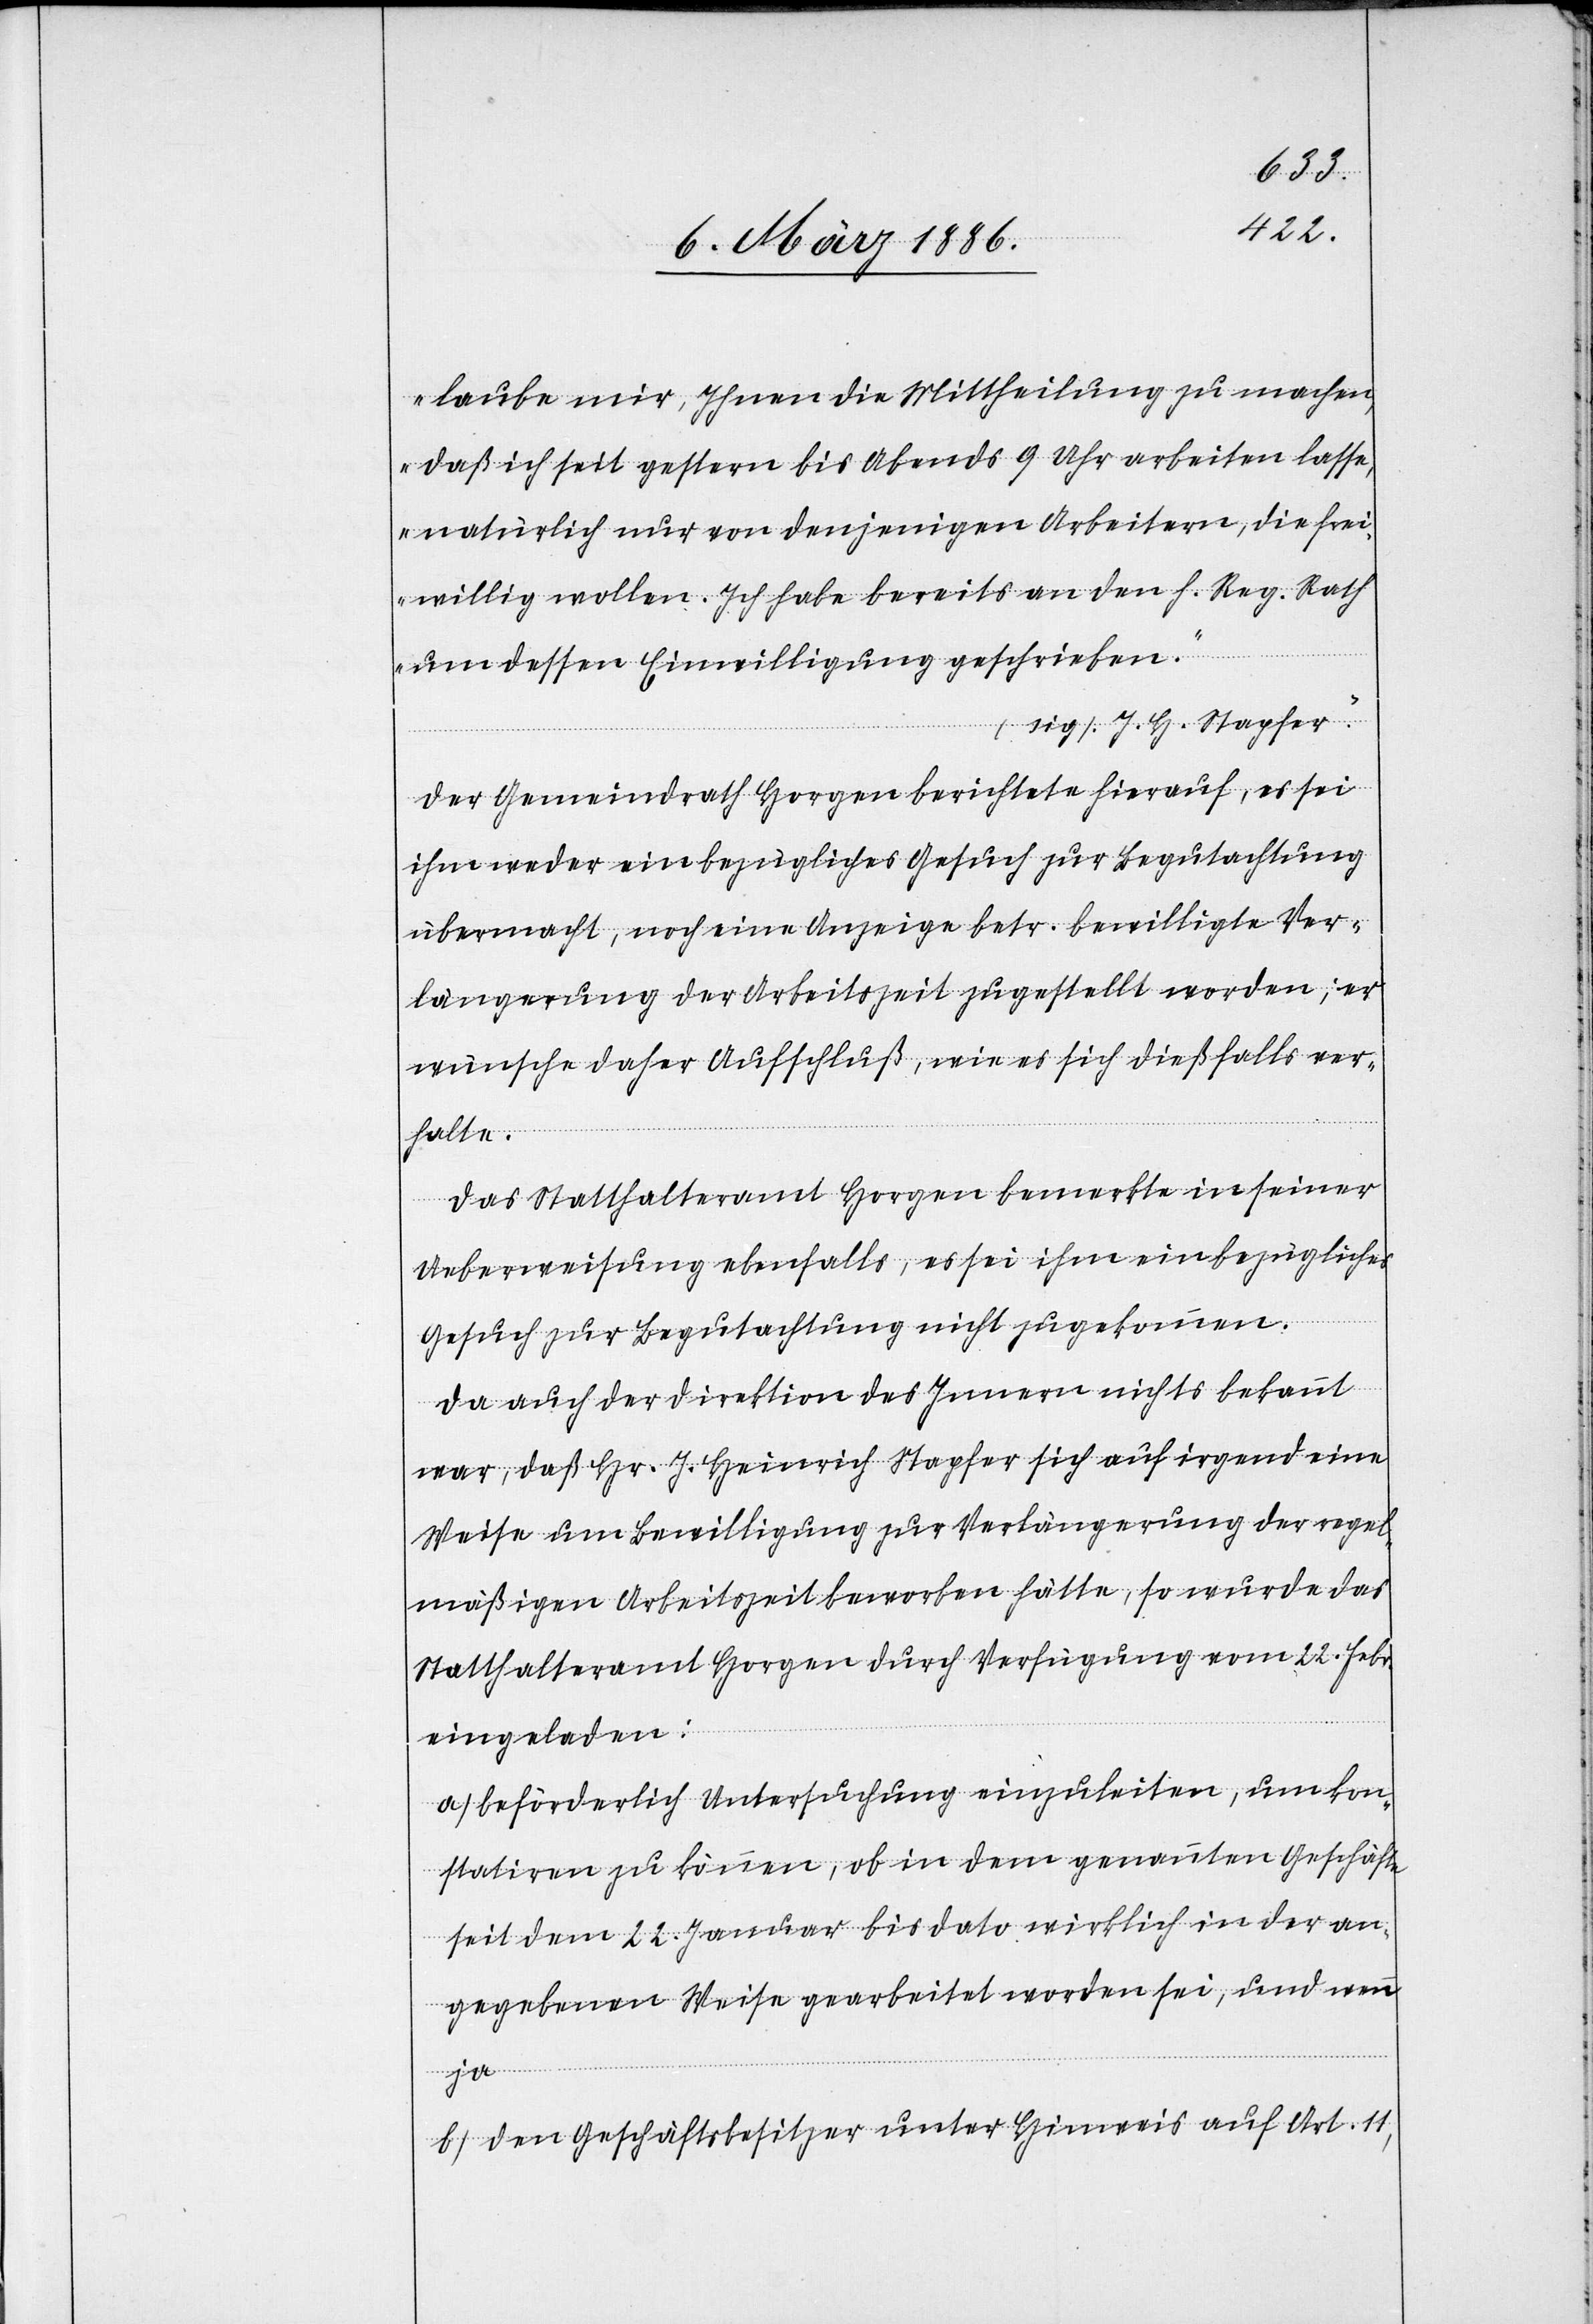
lauben Sie mir, Ihnen die Mittheilung zu machen,
daß ich seit gestern bis Abends 9 Uhr arbeiten lasse,
natürlich nur von denjenigen Arbeitern, die frei¬
willig wollen. Ich habe bereits an den h. Reg. Rath
um dessen Einwilligung geschrieben.
(sig.) J. H. Stapfer.“
Der Gemeindrath Horgen berichten hierauf, es sei
ihm weder ein bezügliches Gesuch zur Begutachtung
übermacht, noch eine Anzeige betr. bewilligte Ver¬
längerung der Arbeitszeit zugestellt worden; er
wünsche daher Aufschluß, wie es sich dießfalls ver¬
halte.
Das Statthalteramt Horgen bemerkte in seiner
Ueberweisung ebenfalls, es sei ihm ein bezügliches
Gesuch zur Begutachtung nicht zugekommen.
Da auch der Direktion des Innern nichts bekannt
war, daß Hr. J. Heinrich Stapfer sich auf irgend eine
Weise um Bewilligung zur Verlängerung der regel¬
mäßigen Arbeitszeit beworben hätte, so wurde das
Statthalteramt Horgen durch Verfügung vom 22. Febr.
eingeladen:
a) beförderlich Untersuchung einzuleiten, um kon¬
statieren zu können, ob in dem genannten Geschäfte
seit dem 22. Januar bis dato wirklich in der an¬
gegebene Weise gearbeitet worden sei, und um
b) den Geschäftsbesitzer unter Hinweis auf Art. 11,